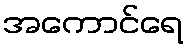
အကောင်ရေ